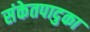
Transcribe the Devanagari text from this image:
संकेतपादुका